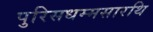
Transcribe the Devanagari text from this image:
पुरिसधम्मसारथि